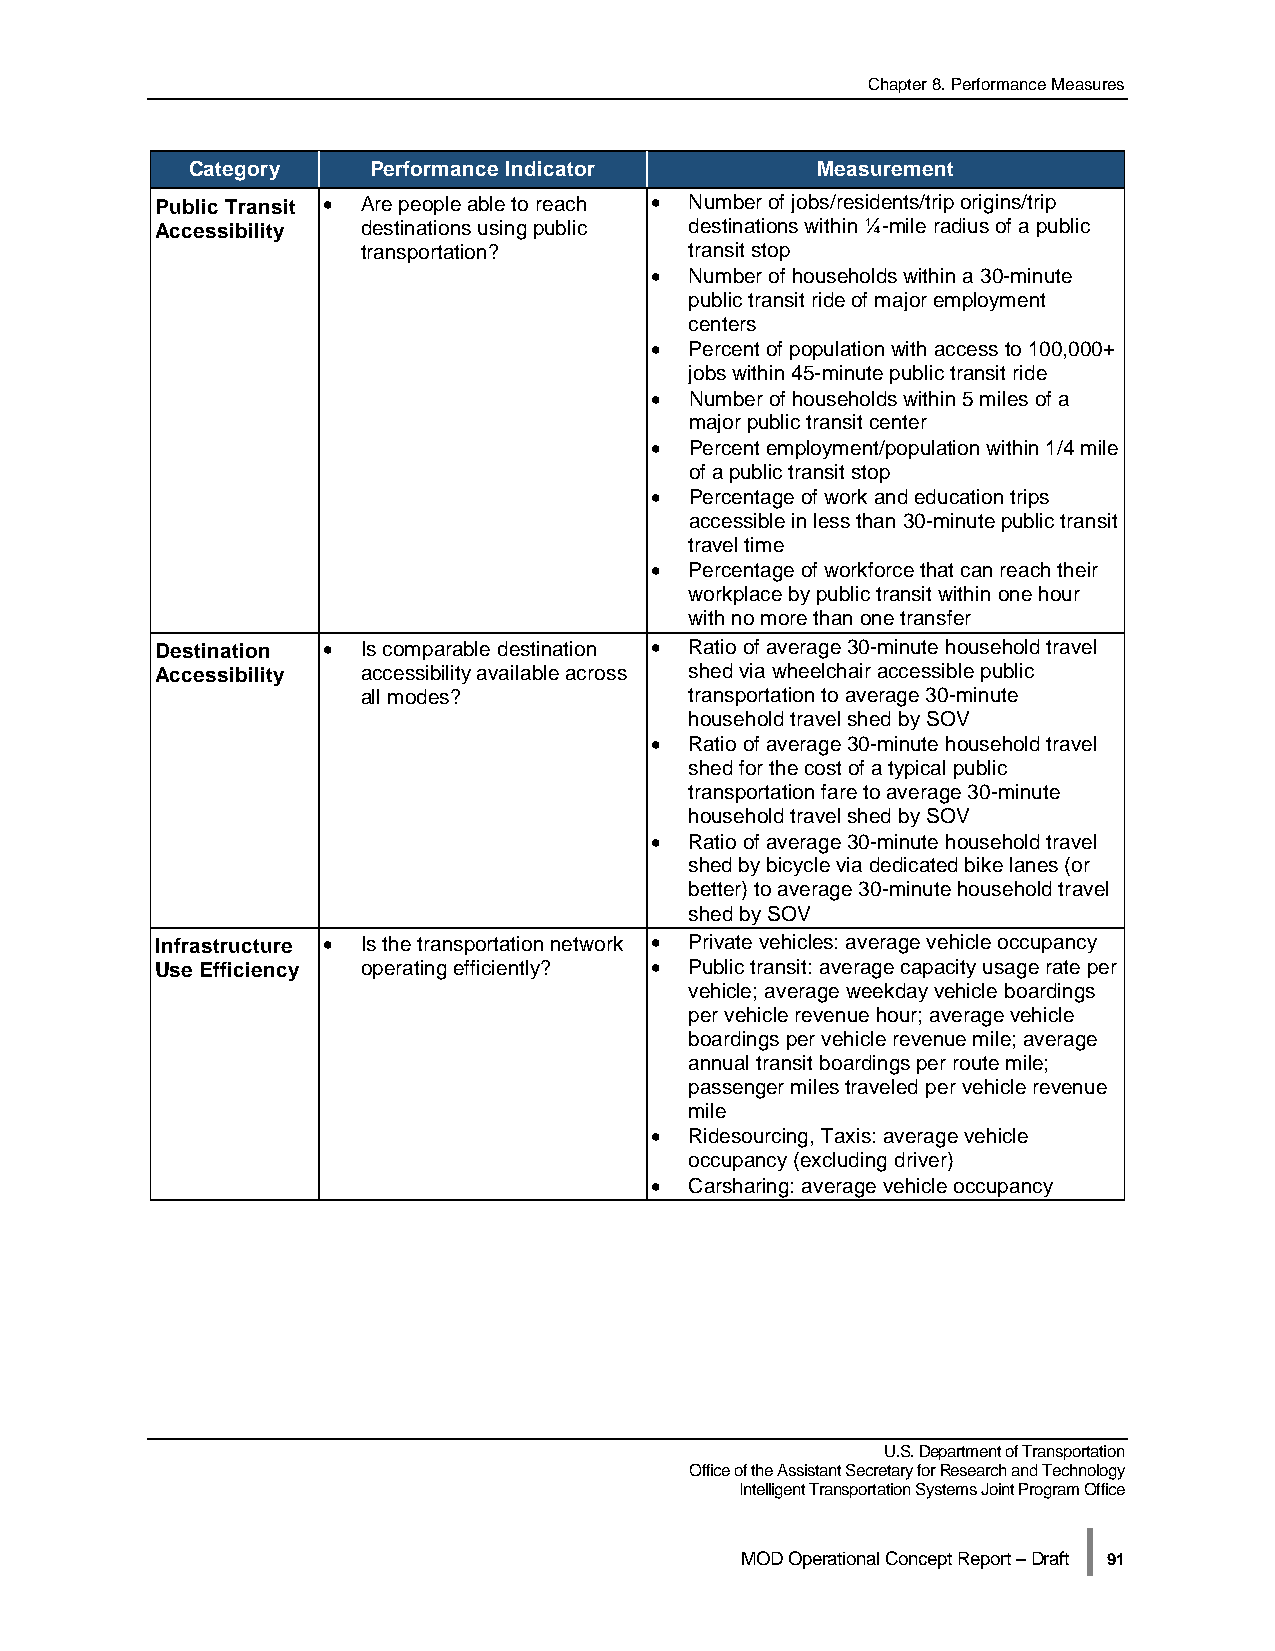
Chapter 8. Performance Measures
 Category    Performance Indicator         Measurement
 Public Transit • Are people able to reach • Number of jobs/residents/trip origins/trip
 Accessibility destinations using public destinations within ¼-mile radius of a public
 transportation?       transit stop
 •  Number of households within a 30-minute
 public transit ride of major employment
 centers
 •  Percent of population with access to 100,000+
 jobs within 45-minute public transit ride
 •  Number of households within 5 miles of a
 major public transit center
 •  Percent employment/population within 1/4 mile
 of a public transit stop
 •  Percentage of work and education trips
 accessible in less than 30-minute public transit
 travel time
 •  Percentage of workforce that can reach their
 workplace by public transit within one hour
 with no more than one transfer
 Destination • Is comparable destination • Ratio of average 30-minute household travel
 Accessibility accessibility available across shed via wheelchair accessible public
 all modes?            transportation to average 30-minute
 household travel shed by SOV
 •  Ratio of average 30-minute household travel
 shed for the cost of a typical public
 transportation fare to average 30-minute
 household travel shed by SOV
 •  Ratio of average 30-minute household travel
 shed by bicycle via dedicated bike lanes (or
 better) to average 30-minute household travel
 shed by SOV
 Infrastructure • Is the transportation network • Private vehicles: average vehicle occupancy
 Use Efficiency operating efficiently? • Public transit: average capacity usage rate per
 vehicle; average weekday vehicle boardings
 per vehicle revenue hour; average vehicle
 boardings per vehicle revenue mile; average
 annual transit boardings per route mile;
 passenger miles traveled per vehicle revenue
 mile
 •  Ridesourcing, Taxis: average vehicle
 occupancy (excluding driver)
 •  Carsharing: average vehicle occupancy
 U.S. Department of Transportation
 Office of the Assistant Secretary for Research and Technology
 Intelligent Transportation Systems Joint Program Office
 |
 MOD Operational Concept Report – Draft 91